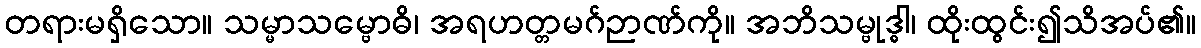
တရားမရှိသော။ သမ္မာသမ္ဗောဓိ၊ အရဟတ္တမဂ်ဉာဏ်ကို။ အဘိသမ္ဗုဒ္ဓါ၊ ထိုးထွင်း၍သိအပ်၏။